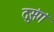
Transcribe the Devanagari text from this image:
दुःसंगं